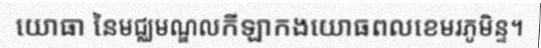
យោធា នៃមជ្ឈមណ្ឌលកីឡាកងយោធពលខេមរភូមិន្ទ។